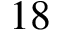
1 8